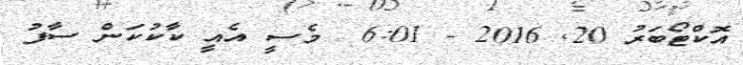
އޮކްޓޯބަރު 20